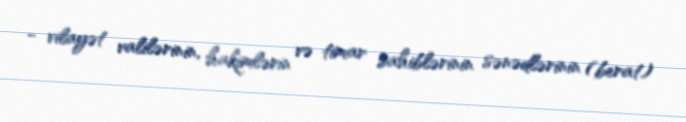
- vilayət valilərinin, hakimlərin və timar sahiblərinin sənədlərinin (berat)